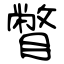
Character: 瞥